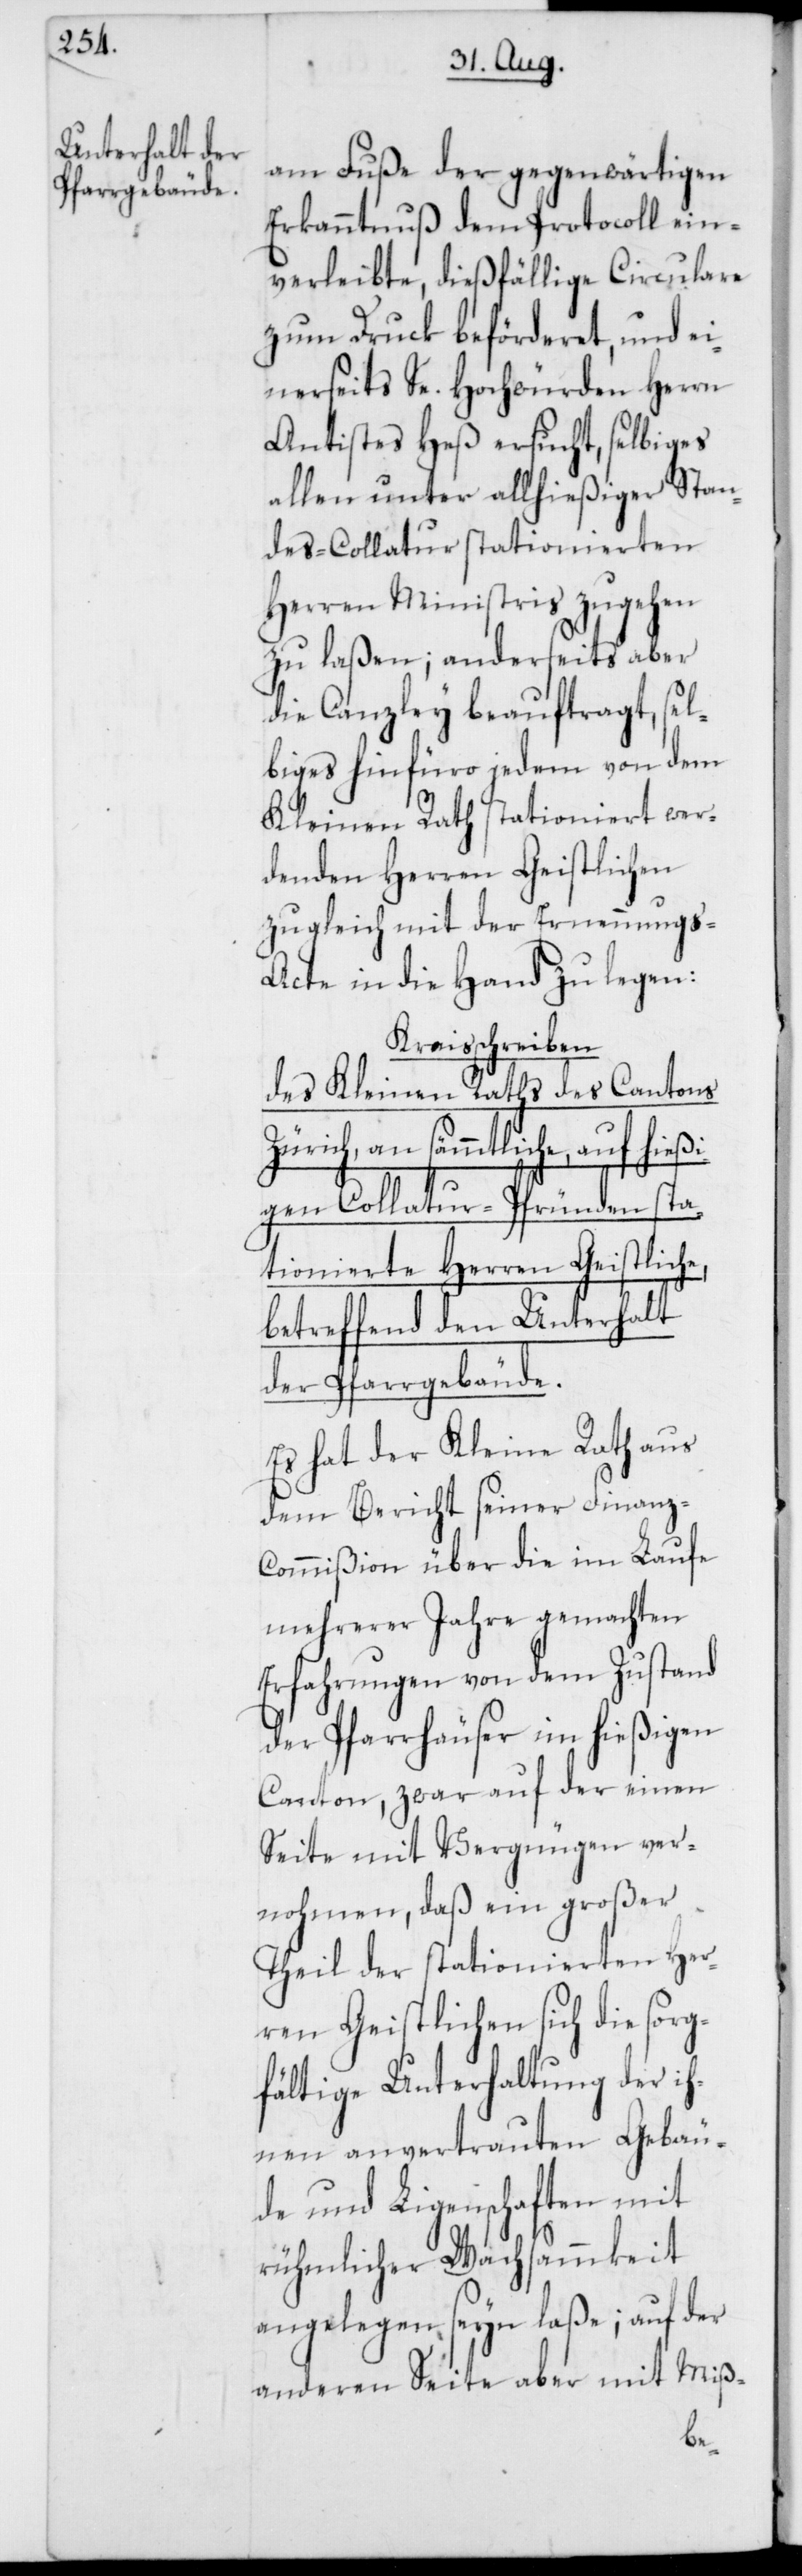
am Fuße der gegenwärtigen
Erkanntnuß dem Protocoll ein¬
verleibte, dießfällige Circulare
zum Druck beförderet, und ei¬
nerseits Se. Hochwürden Herrn
Antistes Heß ersucht, selbiges
allen unter allhießiger Stan¬
des-Collatur stationierten
Herren Ministris zugehen
zu laßen; anderseits aber
die Canzley beauftragt, sel¬
biges hinfüro jedem von dem
Kleinen Rath stationiert wer¬
denden Herren Geistlichen
zugleich mit der Ernennungs-A¬
cte in die Hand zu legen:
Kreisschreiben
des Kleinen Raths des Cantons
Zürich, an sämmtliche, auf hießi¬
gen Collatur-Pfründen sta¬
tionierte Herren Geistliche,
betreffend den Unterhalt
der Pfarrgebäude.
Es hat der Kleine Rath aus
dem Bericht seiner Finanz-C¬
ommißion über die im Laufe
mehrerer Jahre gemachten
Erfahrungen von dem Zustand
der Pfarrhäuser im hießigen
Canton, zwar auf der einen
Seite mit Vergnügen ver¬
nohmen, daß ein großer
Theil der stationierten Her¬
ren Geistlichen sich die sorg¬
fältige Unterhaltung der ih¬
nen anvertrauten Gebäu¬
de und Liegenschaften mit
rühmlicher Wachsammkeit
angelegen seyn laße; auf der
anderen Seite aber mit Miß-